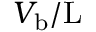
V _ { \mathrm { b } } / \mathrm { L }